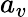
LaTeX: a_{v}